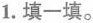
1.填一填。